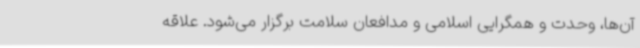
آن‌ها، وحدت و همگرایی اسلامی و مدافعان سلامت برگزار می‌شود. علاقه